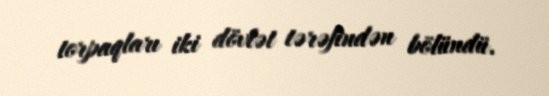
torpaqları iki dövlət tərəfindən bölündü.